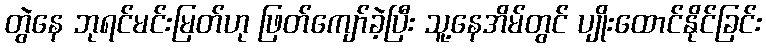
တွဲနေ ဘုရင်မင်းမြတ်ဟု ဖြတ်ကျော်ခဲ့ပြီး သူ့နေအိမ်တွင် ပျိုးထောင်နိုင်ခြင်း